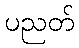
ပညတ်